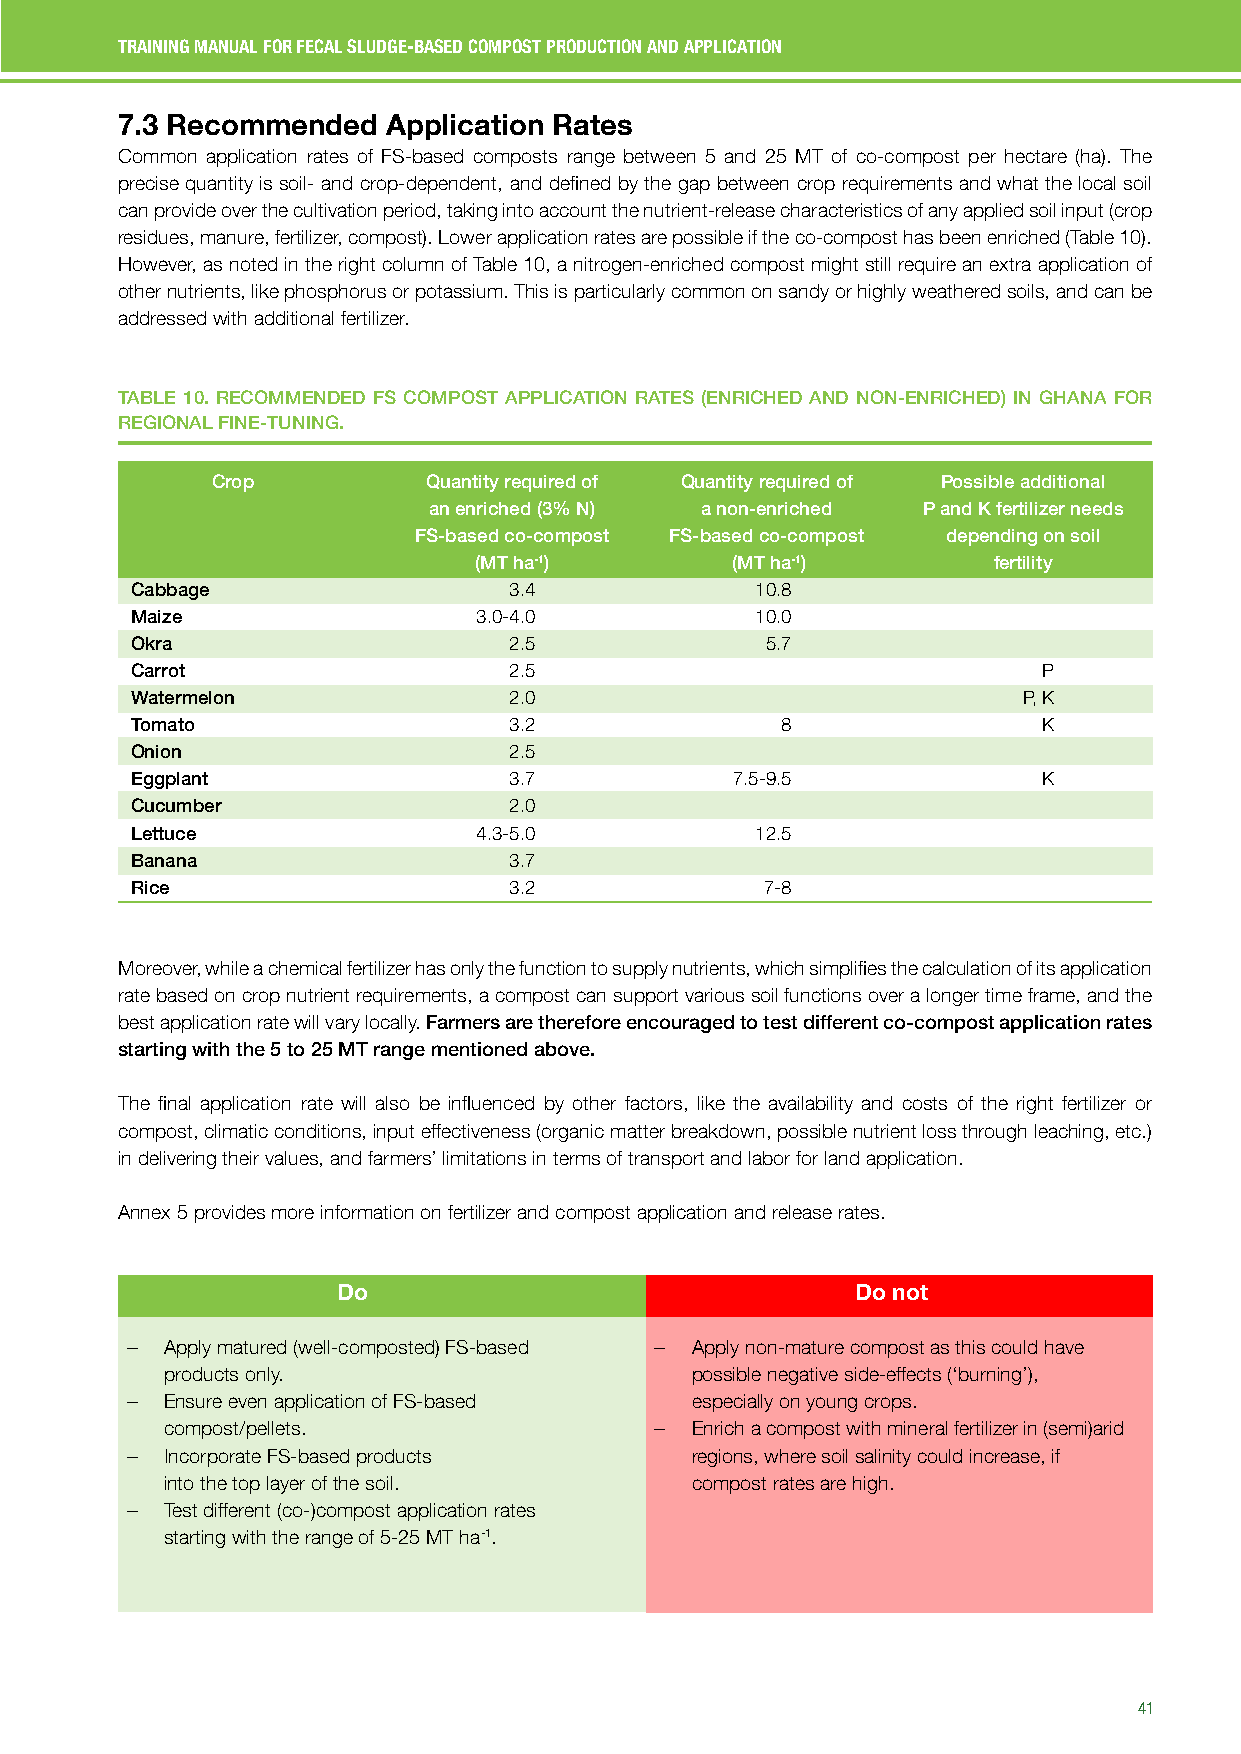
TRAINING MANUAL FOR FECAL SLUDGE-BASED COMPOST PRODUCTION AND APPLICATION
 7.3 Recommended   Application Rates
 Common application rates of FS-based composts range between 5 and 25 MT of co-compost per hectare (ha). The
 precise quantity is soil- and crop-dependent, and defined by the gap between crop requirements and what the local soil
 can provide over the cultivation period, taking into account the nutrient-release characteristics of any applied soil input (crop
 residues, manure, fertilizer, compost). Lower application rates are possible if the co-compost has been enriched (Table 10).
 However, as noted in the right column of Table 10, a nitrogen-enriched compost might still require an extra application of
 other nutrients, like phosphorus or potassium. This is particularly common on sandy or highly weathered soils, and can be
 addressed with additional fertilizer.
 TABLE 10. RECOMMENDED FS COMPOST APPLICATION RATES (ENRICHED AND NON-ENRICHED) IN GHANA FOR
 REGIONAL FINE-TUNING.
 Crop          Quantity required of Quantity required of Possible additional
 an enriched (3% N) a non-enriched P and K fertilizer needs
 FS-based co-compost FS-based co-compost depending on soil
 (MT ha-1)        (MT ha-1)         fertility
 Cabbage                  3.4             10.8
 Maize                 3.0-4.0            10.0
 Okra                     2.5              5.7
 Carrot                   2.5                                P
 Watermelon               2.0                               P, K
 Tomato                   3.2               8                K
 Onion                    2.5
 Eggplant                 3.7           7.5-9.5              K
 Cucumber                 2.0
 Lettuce                4.3-5.0           12.5
 Banana                   3.7
 Rice                     3.2              7-8
 Moreover, while a chemical fertilizer has only the function to supply nutrients, which simplifies the calculation of its application
 rate based on crop nutrient requirements, a compost can support various soil functions over a longer time frame, and the
 best application rate will vary locally. Farmers are therefore encouraged to test different co-compost application rates
 starting with the 5 to 25 MT range mentioned above.
 The final application rate will also be influenced by other factors, like the availability and costs of the right fertilizer or
 compost, climatic conditions, input effectiveness (organic matter breakdown, possible nutrient loss through leaching, etc.)
 in delivering their values, and farmers’ limitations in terms of transport and labor for land application.
 Annex 5 provides more information on fertilizer and compost application and release rates.
 Do                                 Do not
 −  Apply matured (well-composted) FS-based − Apply non-mature compost as this could have
 products only.                     possible negative side-effects (‘burning’),
 −  Ensure even application of FS-based especially on young crops.
 compost/pellets.                −  Enrich a compost with mineral fertilizer in (semi)arid
 −  Incorporate FS-based products      regions, where soil salinity could increase, if
 into the top layer of the soil.    compost rates are high.
 −  Test different (co-)compost application rates
 starting with the range of 5-25 MT ha-1.
 41